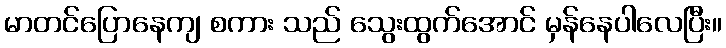
မာတင်ပြောနေကျ စကား သည် သွေးထွက်အောင် မှန်နေပါလေပြီး။